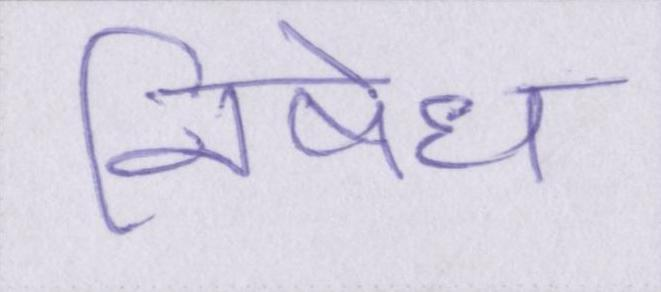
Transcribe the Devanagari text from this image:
निषेध